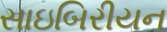
સાઇબિરીયન